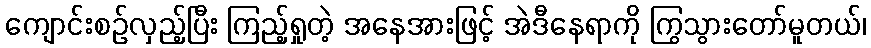
ကျောင်းစဉ်လှည့်ပြီး ကြည့်ရှုတဲ့ အနေအားဖြင့် အဲဒီနေရာကို ကြွသွားတော်မူတယ်၊